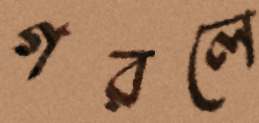
গরলে